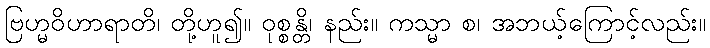
ဗြဟ္မဝိဟာရာတိ၊ တို့ဟူ၍။ ဝုစ္စန္တိ၊ နည်း။ ကသ္မာ စ၊ အဘယ့်ကြောင့်လည်း။